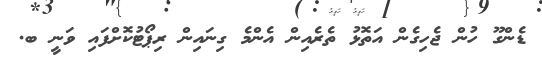
ޑެންގޫ ހުން ޖެހިގެން އަތޮޅު ތެރެއިން އެންމެ ގިނައިން ރިޕޯޓުކޮށްފައި ވަނީ ބ.